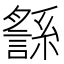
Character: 䌛